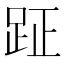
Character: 𮛐